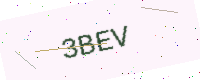
Text: 3BEV